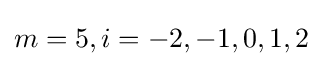
m=5,i=-2,-1,0,1,2